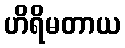
ဟိရိမတာယ